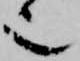
也